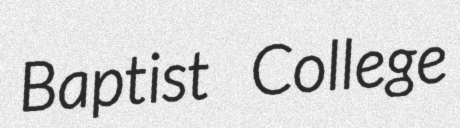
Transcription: Baptist College